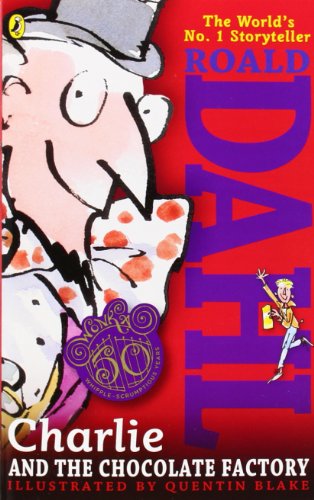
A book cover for Charlie and the Chocolate Factory; Roald Dahl; Children's Books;